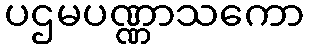
ပဌမပဏ္ဏာသကော